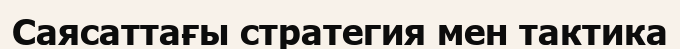
Саясаттағы стратегия мен тактика